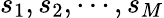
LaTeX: s_{1},s_{2},\cdots,s_{M}